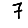
Digit: 7